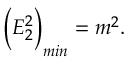
\bigg ( E _ { 2 } ^ { 2 } \bigg ) _ { m i n } = m ^ { 2 } .